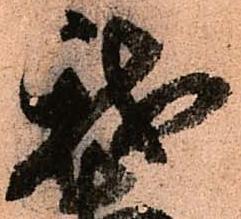
我